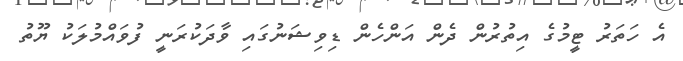
އެ ހަތަރު ޓީމުގެ އިތުރުން ދެން އަންހެން ޑިވިޝަނުގައި ވާދަކުރަނީ ފުވައްމުލަކު ޔޫތު